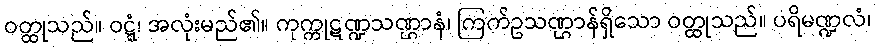
ဝတ္ထုသည်။ ဝဋ္ဋံ၊ အလုံးမည်၏။ ကုက္ကုဋဏ္ဍသဏ္ဌာနံ၊ ကြက်ဥသဏ္ဌာန်ရှိသော ဝတ္ထုသည်။ ပရိမဏ္ဍလံ၊